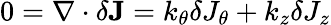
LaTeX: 0=\nabla\cdot\delta\mathbf{J}=k_{\theta}\delta J_{\theta}+k_{z}\delta J_{z}